Vaccination in Bombay 1924-1928 - 1924-1928
Year: 1924
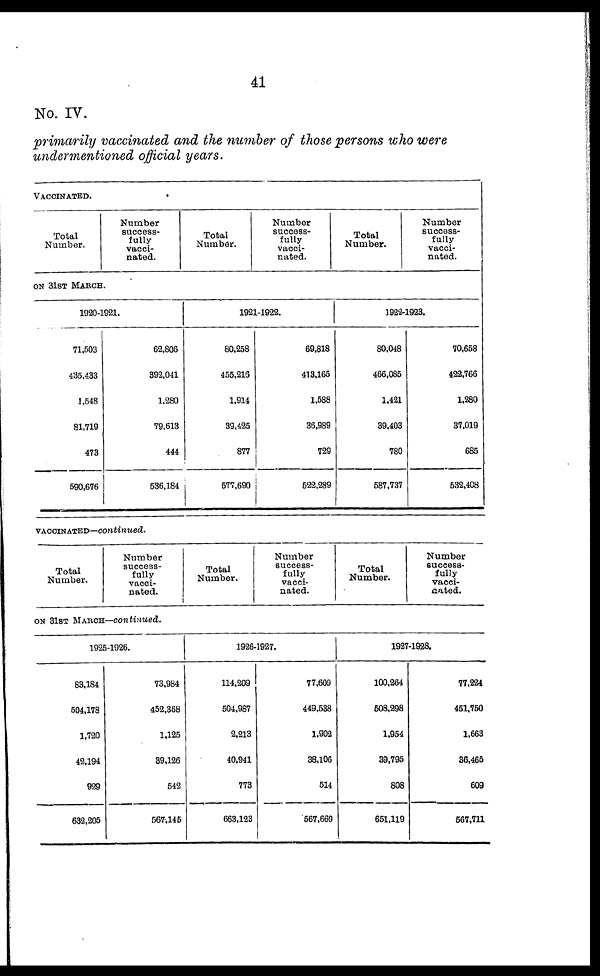
41
No. IV.
primarily vaccinated and the number of those persons who were
undermentioned official years.
VACCINATED.
Total
Number.
Number
success-
fully
vacci-
nated.
Total
Number.
Number
success-
fully
vacci-
nated.
Total
Number.
Number
success-
fully
vacci-
nated.
ON 31ST MARCH.
1920-1921.
71,503
435,433
1,548
81,719
473
590,676
62,806
392,041
1,280
79,613
444
536,184
1921-1922.
80,258
455,216
1,914
39,425
877
577,690
69,818
413,165
1,588
36,989
729
522,289
1922-1923.
80,048
466,085
1,421
39,403
780
587,737
70,658
422,766
1,280
37,019
685
532,408
VACCINATED—continued.
Total
Number.
Number
success-
fully
vacci-
nated.
ON 31ST MARCH—continued.
1925-1926.
83,184
504,178
1,720
42,194
929
632,205
73,984
452,368
1,125
39,126
542
567,145
Total
Number.
Number
success-
fully
vacci-
nated.
1926-1927.
114,209
504,987
2,213
40,941
773
663,123
77,609
449,538
1,902
38,106
514
567,669
Total
Number.
Number
success-
fully
vacci-
nated.
1927-1928.
100,264
508,298
1,954
39,795
808
651,119
77,224
451,750
1,663
36,466
609
567,711